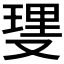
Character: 𫩆